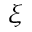
\xi